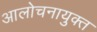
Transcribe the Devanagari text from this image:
आलोचनायुक्त